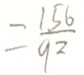
= \frac { 1 5 6 } { 9 2 }